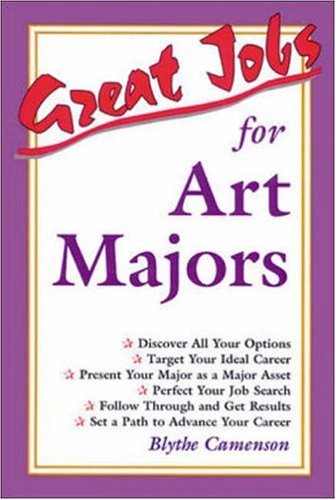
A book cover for Great Jobs for Art Majors; Blythe Camenson; Business & Money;